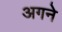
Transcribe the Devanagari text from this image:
अगने